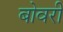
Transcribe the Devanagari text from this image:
बोवरी